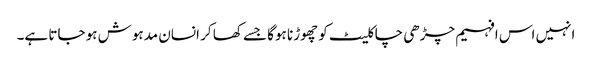
انہیں اس افہیم چڑھی چاکلیٹ کو چھوڑنا ہوگا جسے کھا کر انسان مدہوش ہو جاتا ہے۔